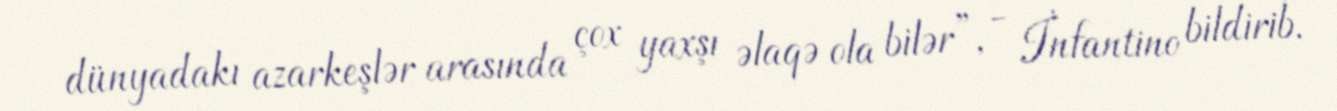
dünyadakı azarkeşlər arasında çox yaxşı əlaqə ola bilər”, - İnfantino bildirib.